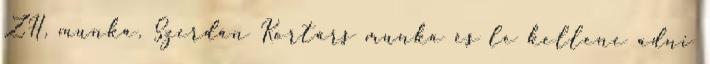
ZH, munka. Szerdán Kortárs munka és le kellene adni